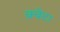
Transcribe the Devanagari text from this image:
क़्वेटा